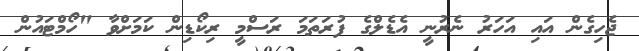
ޖެހިގެން އައި އަހަރު ނެރުނީ އެޑެލްގެ ފުރަތަމަ ރަސްމީ ރިކޯޑިން ކަމަށްވާ "ހޯމްޓައުން